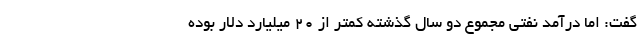
گفت: اما درآمد نفتی مجموع دو سال گذشته کمتر از ۲۰ میلیارد دلار بوده